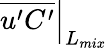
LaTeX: \left.\overline{{u^{\prime}C^{\prime}}}\right|_{L_{mix}}